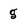
Character: g